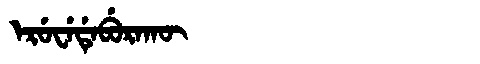
Manchu: ᡝᡵᡠᠸᡝᡩᡝᠪᡠᡵᠠᡴᡡ
Romanization: ERUWEDEBURAKŪ